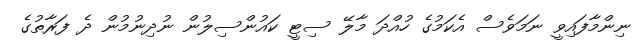
ނިންމާފައިވީ ނަމަވެސް އެކަމުގެ ހުއްދަ މާލޭ ސިޓީ ކައުންސިލުން ނުދިނުމުން ދެ ފަރާތުގެ